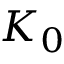
K _ { 0 }